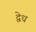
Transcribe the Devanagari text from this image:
द्वेध